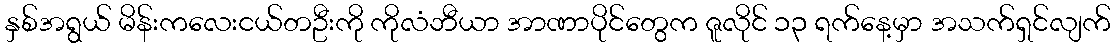
နှစ်အရွယ် မိန်းကလေးငယ်တဦးကို ကိုလံဘီယာ အာဏာပိုင်တွေက ဇူလိုင် ၁၃ ရက်နေ့မှာ အသက်ရှင်လျက်